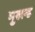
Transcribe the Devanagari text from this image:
भुखन्ड